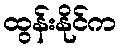
ထွန်းနိုင်က